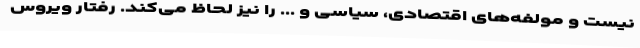
نیست و مولفه‌های اقتصادی، سیاسی و ... را نیز لحاظ می‌کند. رفتار ویروس